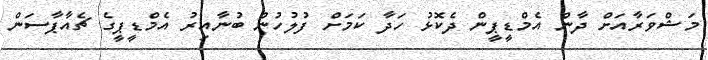
މަޝްވަރާއަށް ދާން އެމްޑީޕީން ދެކޮޅު ހަދާ ކަމަށް ފުލުހުން ބުނާއިރު އެމްޑީޕީގެ ޗެއާޕާސަން